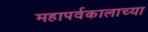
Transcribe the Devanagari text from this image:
महापर्वकालाच्या